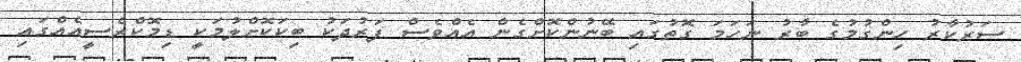
ސަރުކާރު ހިންގުމުގެ ބާރު ނަހަމަ ގޮތުގައި ބޭނުންކޮށްގެން އެއްވެސް ފަރުދަކު ބިކަކޮށްލުމަކީ ޑިމޮކްރެސީއެއްގައި